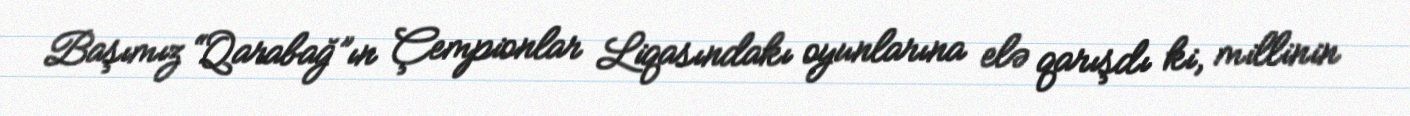
Başımız “Qarabağ”ın Çempionlar Liqasındakı oyunlarına elə qarışdı ki, millinin